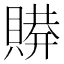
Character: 𰷋